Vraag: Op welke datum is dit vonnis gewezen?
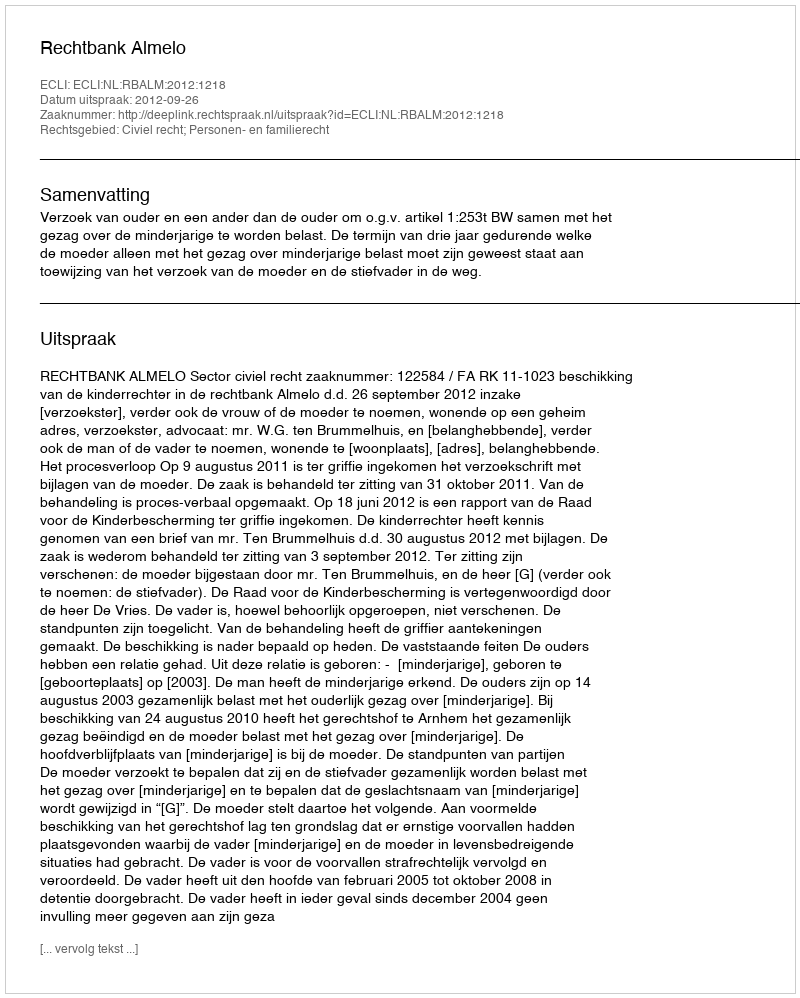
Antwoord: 2012-09-26